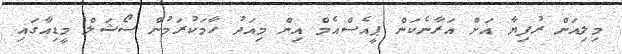
މިލިއަން ރުފިޔާ އަށް އަރާނެކަން ޕީއެސްއެމް އިން މިއަދު ހާމަކުރަމުން ސޯޝަލް މީޑިއާގައި